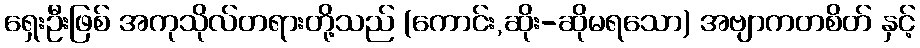
ရှေးဦးဖြစ် အကုသိုလ်တရားတို့သည် (ကောင်း,ဆိုး-ဆိုမရသော) အဗျာကတစိတ် နှင့်